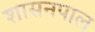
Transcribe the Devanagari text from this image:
शासनपाल